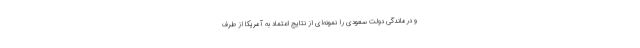
و درماندگی دولت سعودی را نمونه‌ای از نتایج اعتماد به آمریکا از طرف